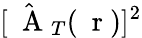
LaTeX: [\hat{\mathrm{~\mathbf~A~}}_{T}(\mathrm{~\mathbf~r~})]^{2}